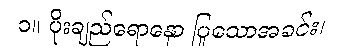
၁။ ပိုးချည်ရောနှော ပြုသောအခင်း၊